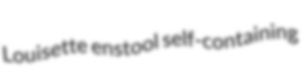
Louisette enstool self-containing